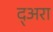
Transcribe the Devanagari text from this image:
द्अरा